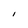
Character: I